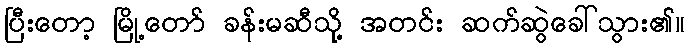
ပြီးတော့ မြို့တော် ခန်းမဆီသို့ အတင်း ဆက်ဆွဲခေါ်သွား၏။